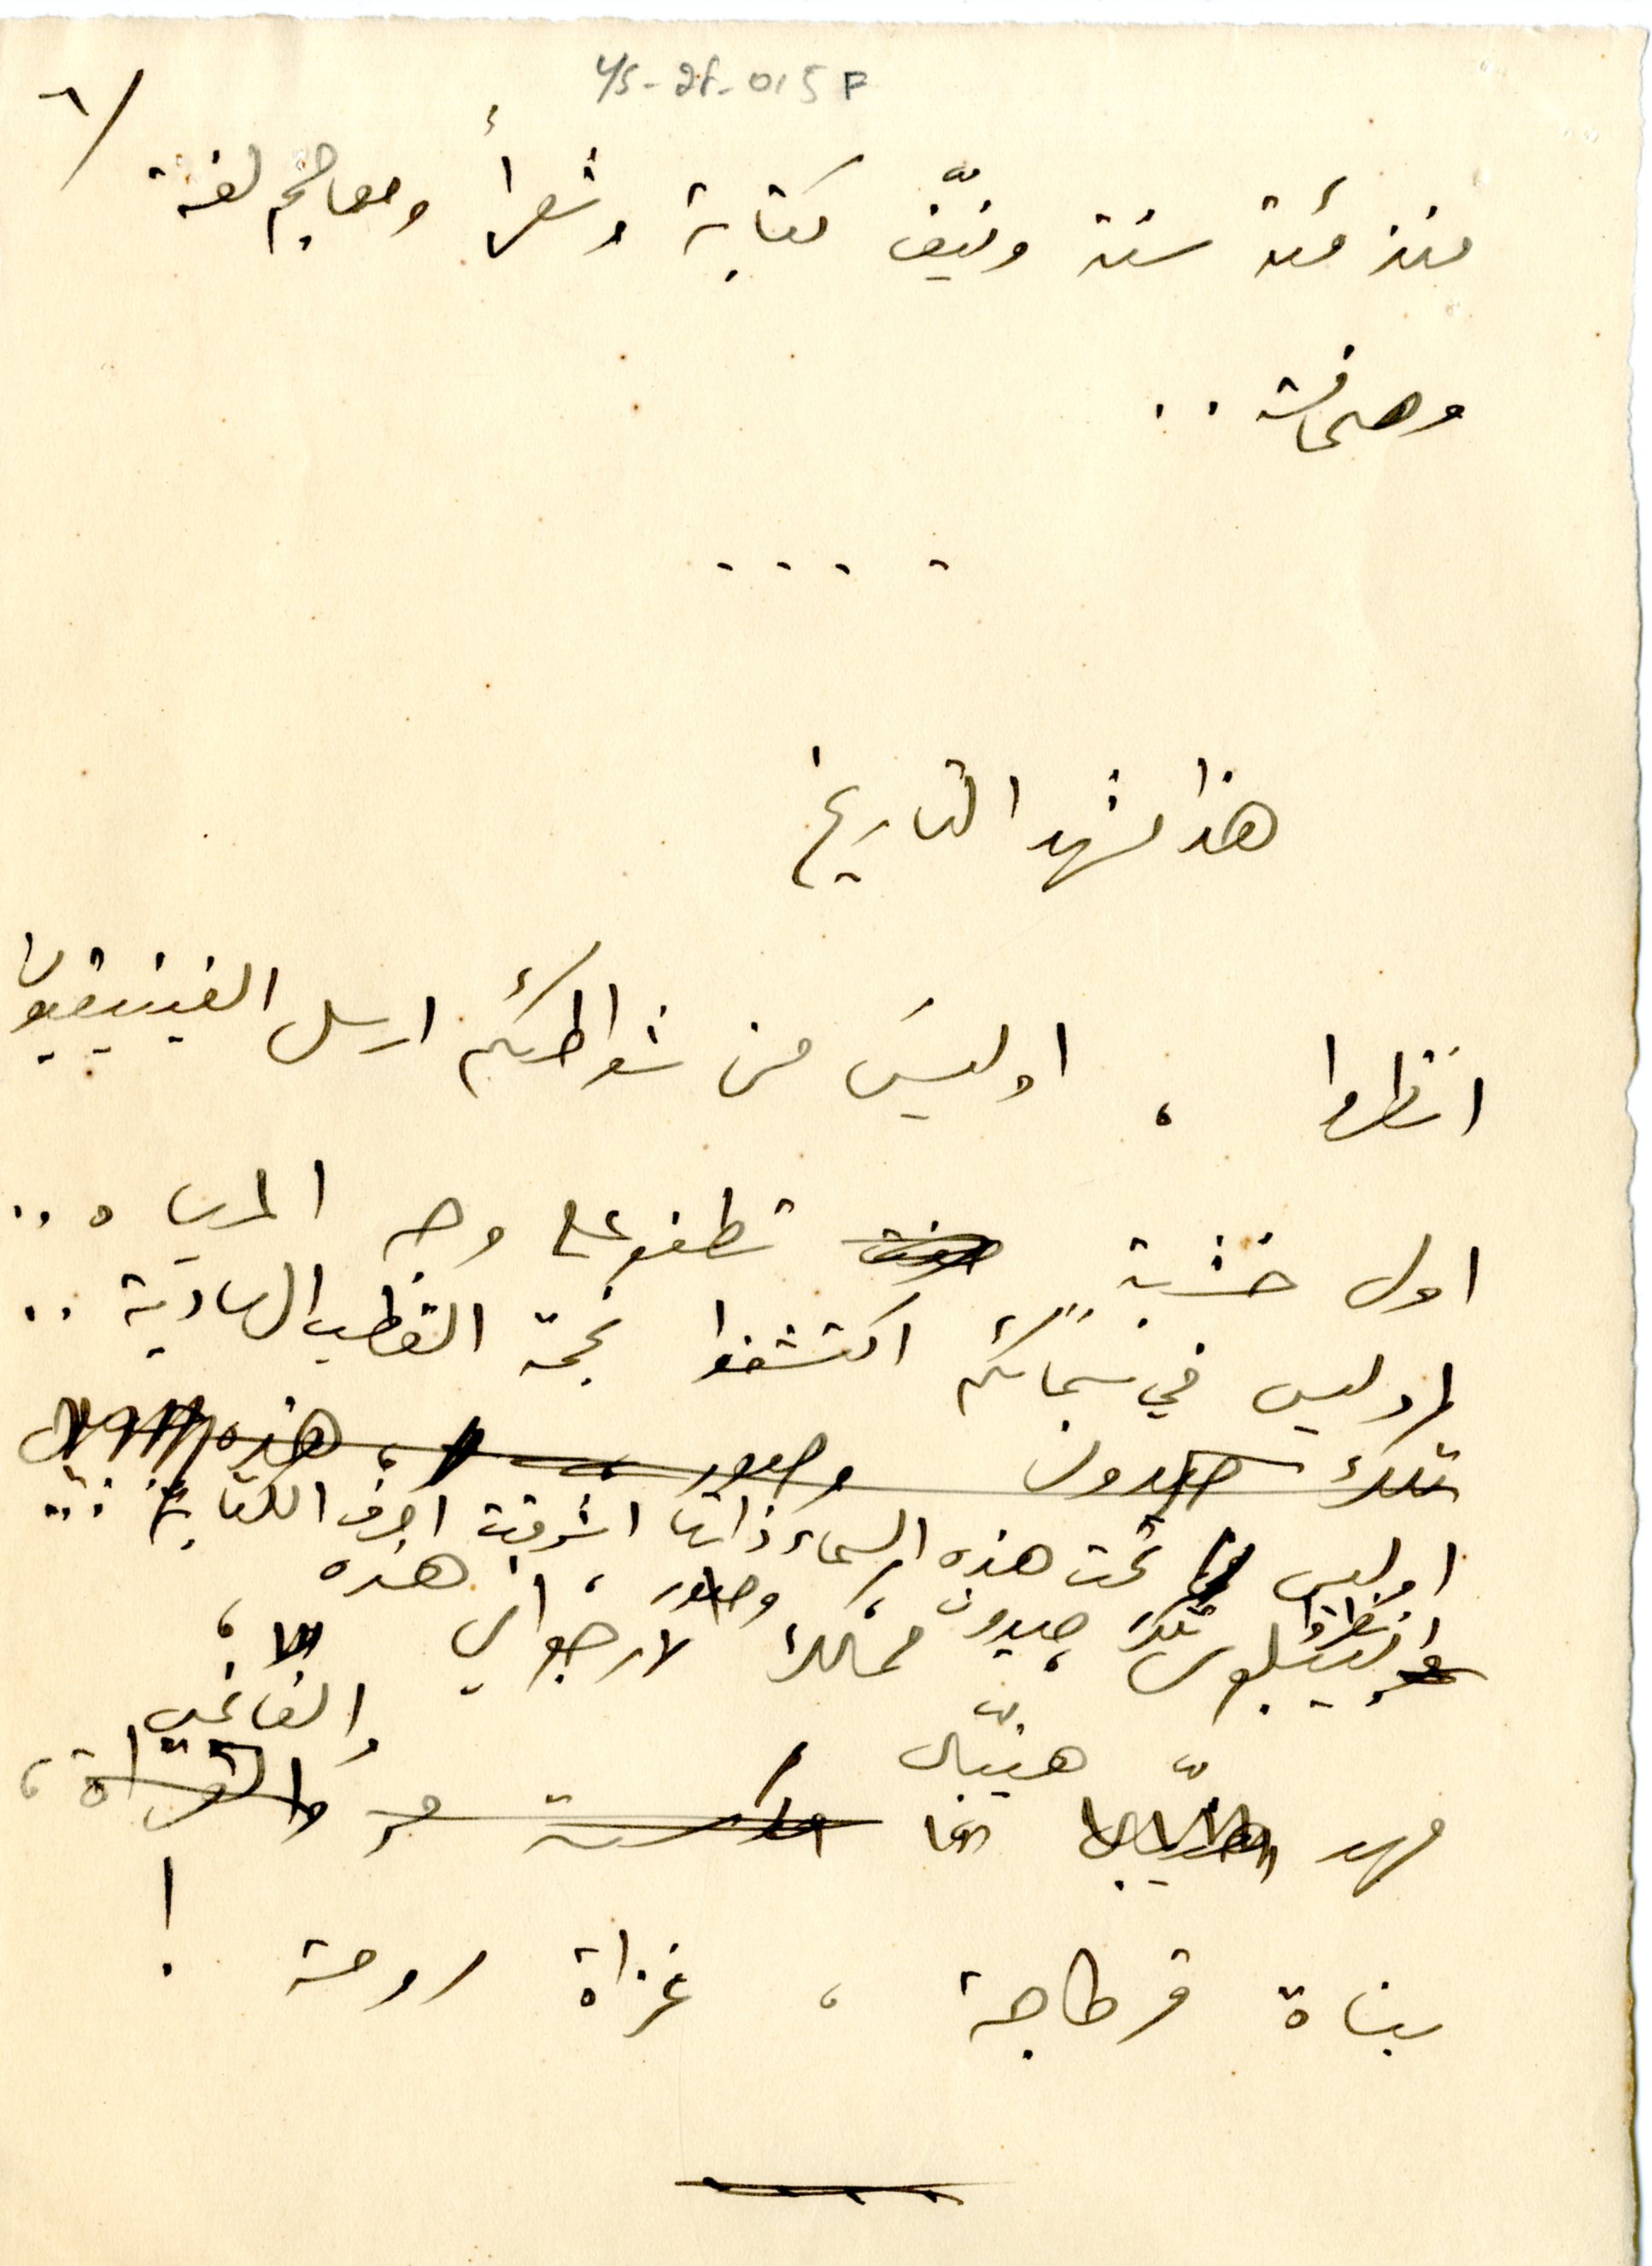
٦	YS_2F_015F
منذ مئة سنة ونيّف كتابة وشعراً ومعاجم لغة
وصحافة..
....
هذا مشهد التاريخ
انظروا، اوليسَ من شواطئكم ارسل الفينيقيون
اول خشبة تطفو على وجه المياه ..
اوليس في سمائكم اكتشفوا نجمة القطب الهاديَة ..
اوليس تحت هذه السماء ذاتها اشرقت احرف الكتابة...
انظروا تلك صيدون وبيبلوس، ممالك الارجواني هذه،
فهو هنيبّال والفاتحين
بناة قرطاجة، غزاة رومة !